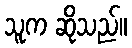
သူက ဆိုသည်။